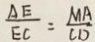
\frac { A E } { E C } = \frac { M A } { C D }